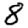
Digit: 8